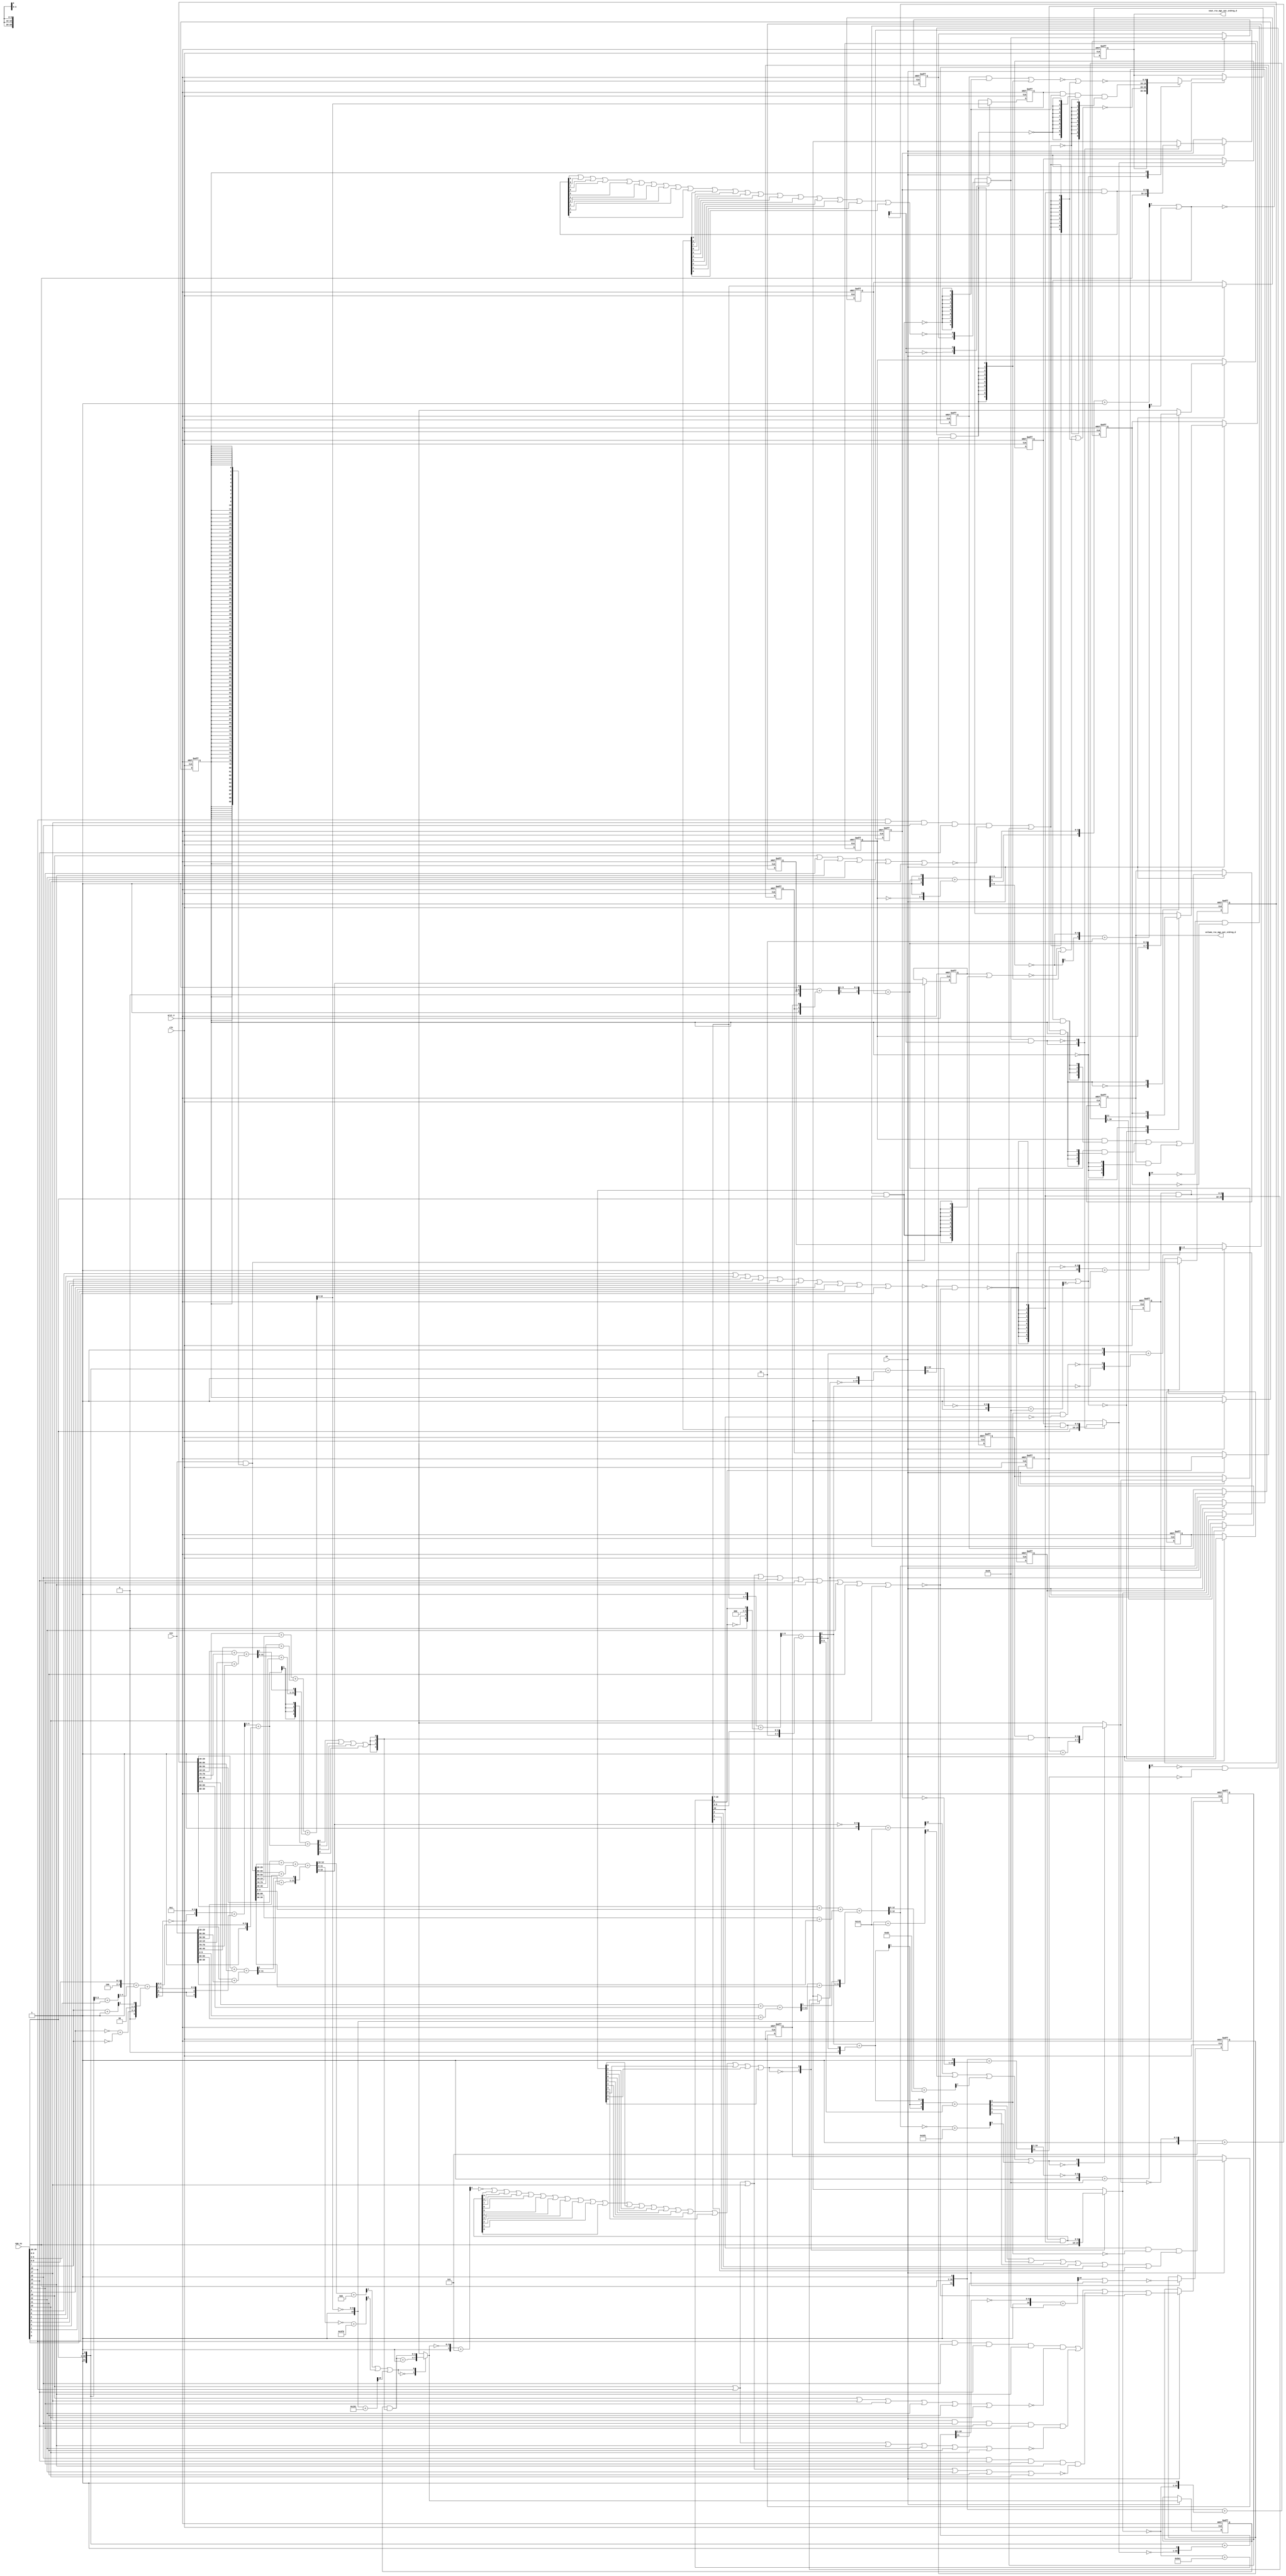
module gauss_blur_core (
  vin, vga_xy, clk, en, arst_n, vout_rsc_mgc_out_stdreg_d, volume_rsc_mgc_out_stdreg_d
);
  input [89:0] vin;
  input [19:0] vga_xy;
  input clk;
  input en;
  input arst_n;
  output [29:0] vout_rsc_mgc_out_stdreg_d;
  reg [29:0] vout_rsc_mgc_out_stdreg_d;
  output [3:0] volume_rsc_mgc_out_stdreg_d;
  reg [3:0] volume_rsc_mgc_out_stdreg_d;


  // Interconnect Declarations
  wire or_dcpl_8;
  wire not_tmp_8;
  reg [89:0] regs_regs_1_sva;
  reg [3:0] acc_14_0_sva;
  reg [3:0] acc_14_1_sva;
  reg [9:0] red_xy_0_sva;
  reg [9:0] red_xy_1_sva;
  reg [9:0] blue_xy_0_sva;
  reg [9:0] blue_xy_1_sva;
  reg [3:0] volume_previous_sva;
  reg if_9_land_lpi_1_dfm;
  reg [9:0] MAC1_acc_psp_sg1_sva_1;
  reg [9:0] MAC1_acc_39_psp_sg1_sva_1;
  reg [9:0] MAC1_acc_40_psp_sg1_sva_1;
  reg land_12_lpi_1_dfm_1;
  reg land_14_lpi_1_dfm_1;
  reg lor_3_lpi_1_dfm_1;
  reg [9:0] deltay_square_red_slc_deltay_square_red_acc_psp_itm_1;
  reg aif_41_slc_itm_1;
  reg [1:0] volume_current_slc_1_itm_1;
  reg volume_current_slc_acc_idiv_6_itm_1;
  reg and_1_itm_1;
  reg [3:0] volume_current_slc_acc_idiv_7_itm_1;
  reg main_stage_0_2;
  wire if_9_land_lpi_1_dfm_mx0;
  wire [3:0] acc_14_0_sva_dfm_1_mx0;
  wire [9:0] blue_xy_1_sva_dfm;
  wire [9:0] blue_xy_0_sva_dfm;
  wire [9:0] red_xy_1_sva_dfm;
  wire [9:0] red_xy_0_sva_dfm;
  reg reg_deltay_square_blue_acc_psp_sva_tmp;
  wire or_13_cse;
  wire and_22_cse;
  wire [11:0] deltay_square_blue_acc_1_itm;
  wire [12:0] nl_deltay_square_blue_acc_1_itm;
  wire [5:0] if_17_acc_1_itm;
  wire [6:0] nl_if_17_acc_1_itm;
  wire [12:0] MAC1_acc_itm;
  wire [13:0] nl_MAC1_acc_itm;
  wire [12:0] MAC1_acc_78_itm;
  wire [13:0] nl_MAC1_acc_78_itm;
  wire [12:0] MAC1_acc_79_itm;
  wire [13:0] nl_MAC1_acc_79_itm;
  wire [11:0] deltay_square_red_acc_1_itm;
  wire [12:0] nl_deltay_square_red_acc_1_itm;
  wire [10:0] aif_39_acc_itm;
  wire [11:0] nl_aif_39_acc_itm;
  wire [11:0] deltax_square_red_acc_1_itm;
  wire [12:0] nl_deltax_square_red_acc_1_itm;
  wire [11:0] deltax_square_blue_acc_1_itm;
  wire [12:0] nl_deltax_square_blue_acc_1_itm;
  wire [4:0] acc_3_itm;
  wire [5:0] nl_acc_3_itm;
  wire [89:0] regs_regs_0_sva_mx0;
  wire [3:0] volume_current_sva;
  wire [4:0] nl_volume_current_sva;
  wire land_11_lpi_1_dfm;
  wire land_13_lpi_1_dfm;
  wire lor_2_lpi_1_dfm;
  wire [3:0] acc_14_0_sva_dfm;
  wire [3:0] acc_14_1_sva_dfm_1_mx0;
  wire [3:0] acc_14_1_sva_dfm;
  wire [9:0] red_xy_1_sva_dfm_2_mx0;
  wire [9:0] red_xy_0_sva_dfm_2_mx0;
  wire equal_1_cse_sva;
  wire [9:0] blue_xy_0_sva_dfm_2_mx0;
  wire [3:0] if_3_acc_svs;
  wire [4:0] nl_if_3_acc_svs;
  wire [3:0] if_3_acc_1_psp_sva;
  wire [4:0] nl_if_3_acc_1_psp_sva;
  wire [5:0] acc_imod_2_sva;
  wire [6:0] nl_acc_imod_2_sva;
  wire [10:0] acc_idiv_sva;
  wire [11:0] nl_acc_idiv_sva;
  wire [3:0] volume_current_acc_2_psp_sva;
  wire [4:0] nl_volume_current_acc_2_psp_sva;
  wire [4:0] volume_current_acc_psp_sva;
  wire [5:0] nl_volume_current_acc_psp_sva;
  wire [11:0] MAC1_acc_45_itm;
  wire [12:0] nl_MAC1_acc_45_itm;
  wire [11:0] MAC1_acc_52_itm;
  wire [12:0] nl_MAC1_acc_52_itm;
  wire [11:0] MAC1_acc_59_itm;
  wire [12:0] nl_MAC1_acc_59_itm;
  wire nand_1_itm;
  wire or_itm;


  // Interconnect Declarations for Component Instantiations 
  assign and_22_cse = (~ or_13_cse) & main_stage_0_2;
  assign or_13_cse = (readslicef_5_1_4((conv_s2u_4_5(if_17_acc_1_itm[5:2]) + 5'b1)))
      | (readslicef_6_1_5((conv_s2s_5_6(~ (if_17_acc_1_itm[5:1])) + 6'b11)));
  assign regs_regs_0_sva_mx0 = vin & ({{89{main_stage_0_2}}, main_stage_0_2});
  assign nl_deltay_square_blue_acc_1_itm = ({1'b1 , (vga_xy[19:10]) , 1'b1}) + conv_u2s_11_12({(~
      blue_xy_1_sva) , 1'b1});
  assign deltay_square_blue_acc_1_itm = nl_deltay_square_blue_acc_1_itm[11:0];
  assign nl_volume_current_sva = conv_s2u_3_4(readslicef_4_3_1((conv_u2s_3_4({volume_current_slc_1_itm_1
      , 1'b1}) + conv_s2s_3_4({1'b1 , volume_current_slc_acc_idiv_6_itm_1 , and_1_itm_1}))))
      + volume_current_slc_acc_idiv_7_itm_1;
  assign volume_current_sva = nl_volume_current_sva[3:0];
  assign nl_if_17_acc_1_itm = ({1'b1 , volume_current_sva , 1'b1}) + conv_u2s_5_6({(~
      volume_previous_sva) , 1'b1});
  assign if_17_acc_1_itm = nl_if_17_acc_1_itm[5:0];
  assign nl_MAC1_acc_45_itm = conv_u2u_11_12(conv_u2u_10_11(regs_regs_1_sva[29:20])
      + conv_u2u_10_11(regs_regs_1_sva[89:80])) + conv_u2u_11_12(conv_u2u_10_11(vin[29:20])
      + conv_u2u_10_11(vin[89:80]));
  assign MAC1_acc_45_itm = nl_MAC1_acc_45_itm[11:0];
  assign nl_MAC1_acc_itm = conv_u2u_12_13(conv_u2u_11_12(conv_u2u_10_11(regs_regs_1_sva[59:50])
      + conv_u2u_10_11(regs_regs_0_sva_mx0[29:20])) + conv_u2u_11_12(conv_u2u_10_11(regs_regs_0_sva_mx0[89:80])
      + conv_u2u_10_11(vin[59:50]))) + conv_u2u_12_13({(conv_u2u_10_11(MAC1_acc_45_itm[11:2])
      + conv_u2u_10_11(regs_regs_0_sva_mx0[59:50])) , (MAC1_acc_45_itm[1])});
  assign MAC1_acc_itm = nl_MAC1_acc_itm[12:0];
  assign land_11_lpi_1_dfm = (~ (readslicef_11_1_10((({1'b1 , (~ deltay_square_red_slc_deltay_square_red_acc_psp_itm_1)})
      + 11'b101001)))) & (~ aif_41_slc_itm_1) & land_12_lpi_1_dfm_1;
  assign land_13_lpi_1_dfm = (~ (readslicef_11_1_10((({1'b1 , (~ (deltay_square_blue_acc_1_itm[10:1]))})
      + 11'b101001)))) & (~ (deltay_square_blue_acc_1_itm[11])) & land_14_lpi_1_dfm_1;
  assign lor_2_lpi_1_dfm = ((vga_xy[18]) & (vga_xy[17]) & (vga_xy[16]) & (vga_xy[15])
      & (~((vga_xy[19]) | (vga_xy[14]) | (vga_xy[13]) | (vga_xy[12]) | (vga_xy[11])
      | (vga_xy[10])))) | lor_3_lpi_1_dfm_1;
  assign nl_MAC1_acc_52_itm = conv_u2u_11_12(conv_u2u_10_11(regs_regs_1_sva[19:10])
      + conv_u2u_10_11(regs_regs_1_sva[79:70])) + conv_u2u_11_12(conv_u2u_10_11(vin[19:10])
      + conv_u2u_10_11(vin[79:70]));
  assign MAC1_acc_52_itm = nl_MAC1_acc_52_itm[11:0];
  assign nl_MAC1_acc_78_itm = conv_u2u_12_13(conv_u2u_11_12(conv_u2u_10_11(regs_regs_1_sva[49:40])
      + conv_u2u_10_11(regs_regs_0_sva_mx0[19:10])) + conv_u2u_11_12(conv_u2u_10_11(regs_regs_0_sva_mx0[79:70])
      + conv_u2u_10_11(vin[49:40]))) + conv_u2u_12_13({(conv_u2u_10_11(MAC1_acc_52_itm[11:2])
      + conv_u2u_10_11(regs_regs_0_sva_mx0[49:40])) , (MAC1_acc_52_itm[1])});
  assign MAC1_acc_78_itm = nl_MAC1_acc_78_itm[12:0];
  assign nl_MAC1_acc_59_itm = conv_u2u_11_12(conv_u2u_10_11(regs_regs_1_sva[9:0])
      + conv_u2u_10_11(regs_regs_1_sva[69:60])) + conv_u2u_11_12(conv_u2u_10_11(vin[9:0])
      + conv_u2u_10_11(vin[69:60]));
  assign MAC1_acc_59_itm = nl_MAC1_acc_59_itm[11:0];
  assign nl_MAC1_acc_79_itm = conv_u2u_12_13(conv_u2u_11_12(conv_u2u_10_11(regs_regs_1_sva[39:30])
      + conv_u2u_10_11(regs_regs_0_sva_mx0[9:0])) + conv_u2u_11_12(conv_u2u_10_11(regs_regs_0_sva_mx0[69:60])
      + conv_u2u_10_11(vin[39:30]))) + conv_u2u_12_13({(conv_u2u_10_11(MAC1_acc_59_itm[11:2])
      + conv_u2u_10_11(regs_regs_0_sva_mx0[39:30])) , (MAC1_acc_59_itm[1])});
  assign MAC1_acc_79_itm = nl_MAC1_acc_79_itm[12:0];
  assign acc_14_0_sva_dfm_1_mx0 = MUX_v_4_2_2({(acc_14_0_sva_dfm + 4'b1) , acc_14_0_sva_dfm},
      (readslicef_4_1_3((conv_u2u_3_4(MAC1_acc_itm[12:10]) + 4'b1011))) | (readslicef_10_1_9((conv_u2s_9_10(~
      (MAC1_acc_itm[11:3])) + 10'b1111111101))) | (readslicef_11_1_10((({1'b1 , (~
      (MAC1_acc_78_itm[12:3]))}) + 11'b110010001))));
  assign acc_14_0_sva_dfm = acc_14_0_sva & ({{3{or_itm}}, or_itm});
  assign acc_14_1_sva_dfm_1_mx0 = MUX_v_4_2_2({(acc_14_1_sva_dfm + 4'b1) , acc_14_1_sva_dfm},
      (readslicef_11_1_10((({1'b1 , (~ (MAC1_acc_itm[12:3]))}) + 11'b101000001)))
      | (readslicef_11_1_10((({1'b1 , (~ (MAC1_acc_78_itm[12:3]))}) + 11'b101000001)))
      | (readslicef_8_1_7((conv_u2u_7_8(MAC1_acc_79_itm[12:6]) + 8'b11010011))) |
      (readslicef_10_1_9(((~ (MAC1_acc_79_itm[12:3])) + 10'b1011010001))));
  assign acc_14_1_sva_dfm = acc_14_1_sva & ({{3{or_itm}}, or_itm});
  assign red_xy_1_sva_dfm_2_mx0 = MUX_v_10_2_2({(vga_xy[19:10]) , red_xy_1_sva_dfm},
      or_dcpl_8);
  assign red_xy_0_sva_dfm_2_mx0 = MUX_v_10_2_2({(vga_xy[9:0]) , red_xy_0_sva_dfm},
      or_dcpl_8);
  assign red_xy_1_sva_dfm = red_xy_1_sva & ({{9{nand_1_itm}}, nand_1_itm});
  assign red_xy_0_sva_dfm = red_xy_0_sva & ({{9{nand_1_itm}}, nand_1_itm});
  assign if_9_land_lpi_1_dfm_mx0 = MUX_s_1_2_2({if_9_land_lpi_1_dfm , (~((blue_xy_1_sva_dfm[9])
      | (blue_xy_1_sva_dfm[8]) | (blue_xy_1_sva_dfm[7]) | (blue_xy_1_sva_dfm[6])
      | (blue_xy_1_sva_dfm[5]) | (blue_xy_1_sva_dfm[4]) | (blue_xy_1_sva_dfm[3])
      | (blue_xy_1_sva_dfm[2]) | (blue_xy_1_sva_dfm[1]) | (blue_xy_1_sva_dfm[0])
      | (blue_xy_0_sva_dfm[9]) | (blue_xy_0_sva_dfm[8]) | (blue_xy_0_sva_dfm[7])
      | (blue_xy_0_sva_dfm[6]) | (blue_xy_0_sva_dfm[5]) | (blue_xy_0_sva_dfm[4])
      | (blue_xy_0_sva_dfm[3]) | (blue_xy_0_sva_dfm[2]) | (blue_xy_0_sva_dfm[1])
      | (blue_xy_0_sva_dfm[0])))}, acc_3_itm[4]);
  assign blue_xy_1_sva_dfm = blue_xy_1_sva & ({{9{nand_1_itm}}, nand_1_itm});
  assign blue_xy_0_sva_dfm = blue_xy_0_sva & ({{9{nand_1_itm}}, nand_1_itm});
  assign nl_deltay_square_red_acc_1_itm = ({1'b1 , (vga_xy[19:10]) , 1'b1}) + conv_u2s_11_12({(~
      red_xy_1_sva_dfm_2_mx0) , 1'b1});
  assign deltay_square_red_acc_1_itm = nl_deltay_square_red_acc_1_itm[11:0];
  assign nl_aif_39_acc_itm = ({1'b1 , (~ (deltax_square_red_acc_1_itm[10:1]))}) +
      11'b101001;
  assign aif_39_acc_itm = nl_aif_39_acc_itm[10:0];
  assign nl_deltax_square_red_acc_1_itm = ({1'b1 , (vga_xy[9:0]) , 1'b1}) + conv_u2s_11_12({(~
      red_xy_0_sva_dfm_2_mx0) , 1'b1});
  assign deltax_square_red_acc_1_itm = nl_deltax_square_red_acc_1_itm[11:0];
  assign equal_1_cse_sva = ~((vga_xy[19]) | (vga_xy[18]) | (vga_xy[17]) | (vga_xy[16])
      | (vga_xy[15]) | (vga_xy[14]) | (vga_xy[13]) | (vga_xy[12]) | (vga_xy[11])
      | (vga_xy[10]));
  assign nl_deltax_square_blue_acc_1_itm = ({1'b1 , (vga_xy[9:0]) , 1'b1}) + conv_u2s_11_12({(~
      blue_xy_0_sva_dfm_2_mx0) , 1'b1});
  assign deltax_square_blue_acc_1_itm = nl_deltax_square_blue_acc_1_itm[11:0];
  assign blue_xy_0_sva_dfm_2_mx0 = MUX_v_10_2_2({(vga_xy[9:0]) , blue_xy_0_sva_dfm},
      not_tmp_8);
  assign nl_acc_3_itm = ({1'b1 , (~ acc_14_1_sva_dfm_1_mx0)}) + 5'b101;
  assign acc_3_itm = nl_acc_3_itm[4:0];
  assign nl_if_3_acc_svs = conv_s2u_1_4(if_3_acc_1_psp_sva[3]) + if_3_acc_1_psp_sva;
  assign if_3_acc_svs = nl_if_3_acc_svs[3:0];
  assign nl_if_3_acc_1_psp_sva = (readslicef_5_4_1((({(~ (acc_imod_2_sva[3])) , 4'b1})
      + conv_s2u_3_5(acc_imod_2_sva[5:3])))) + ({1'b1 , (acc_imod_2_sva[2:0])});
  assign if_3_acc_1_psp_sva = nl_if_3_acc_1_psp_sva[3:0];
  assign nl_acc_imod_2_sva = conv_s2s_5_6(({3'b100 , (vga_xy[9:8])}) + conv_u2s_4_5(readslicef_5_4_1((conv_u2u_4_5({(vga_xy[2:0])
      , 1'b1}) + conv_u2u_4_5(vga_xy[6:3]))))) + conv_u2s_5_6({(conv_u2u_1_2(~ (vga_xy[3]))
      + conv_u2u_1_2(~ (vga_xy[7]))) , 2'b0 , (readslicef_2_1_1((conv_u2u_1_2(vga_xy[7])
      + 2'b1)))});
  assign acc_imod_2_sva = nl_acc_imod_2_sva[5:0];
  assign nl_acc_idiv_sva = conv_u2s_10_11(~ red_xy_1_sva_dfm_2_mx0) + 11'b10111100001;
  assign acc_idiv_sva = nl_acc_idiv_sva[10:0];
  assign nl_volume_current_acc_2_psp_sva = conv_s2u_2_4(conv_s2s_1_2(volume_current_acc_psp_sva[4])
      + conv_u2s_1_2(volume_current_acc_psp_sva[3])) + (volume_current_acc_psp_sva[3:0]);
  assign volume_current_acc_2_psp_sva = nl_volume_current_acc_2_psp_sva[3:0];
  assign nl_volume_current_acc_psp_sva = (readslicef_6_5_1((conv_s2s_5_6({(acc_idiv_sva[10:7])
      , 1'b1}) + conv_u2s_5_6({(~ (acc_idiv_sva[6])) , 3'b0 , (acc_idiv_sva[6])}))))
      + conv_s2u_4_5({1'b1 , (acc_idiv_sva[5:3])});
  assign volume_current_acc_psp_sva = nl_volume_current_acc_psp_sva[4:0];
  assign nand_1_itm = ~((~((vga_xy[9]) | (vga_xy[8]) | (vga_xy[7]) | (vga_xy[6])
      | (vga_xy[5]) | (vga_xy[4]) | (vga_xy[3]) | (vga_xy[2]) | (vga_xy[1]) | (vga_xy[0])))
      & equal_1_cse_sva);
  assign or_itm = (if_3_acc_svs[3]) | (if_3_acc_svs[2]) | (if_3_acc_svs[1]) | (if_3_acc_svs[0]);
  assign or_dcpl_8 = (~ (readslicef_5_1_4((({1'b1 , (~ acc_14_0_sva_dfm_1_mx0)})
      + 5'b101)))) | (red_xy_1_sva_dfm[9]) | (red_xy_1_sva_dfm[8]) | (red_xy_1_sva_dfm[7])
      | (red_xy_1_sva_dfm[6]) | (red_xy_1_sva_dfm[5]) | (red_xy_1_sva_dfm[4]) | (red_xy_1_sva_dfm[3])
      | (red_xy_1_sva_dfm[2]) | (red_xy_1_sva_dfm[1]) | (red_xy_1_sva_dfm[0]) | (red_xy_0_sva_dfm[9])
      | (red_xy_0_sva_dfm[8]) | (red_xy_0_sva_dfm[7]) | (red_xy_0_sva_dfm[6]) | (red_xy_0_sva_dfm[5])
      | (red_xy_0_sva_dfm[4]) | (red_xy_0_sva_dfm[3]) | (red_xy_0_sva_dfm[2]) | (red_xy_0_sva_dfm[1])
      | (red_xy_0_sva_dfm[0]);
  assign not_tmp_8 = ~(if_9_land_lpi_1_dfm_mx0 & (acc_3_itm[4]));
  always @(posedge clk or negedge arst_n) begin
    if ( ~ arst_n ) begin
      vout_rsc_mgc_out_stdreg_d <= 30'b0;
      volume_rsc_mgc_out_stdreg_d <= 4'b0;
      deltay_square_red_slc_deltay_square_red_acc_psp_itm_1 <= 10'b0;
      volume_previous_sva <= 4'b0;
      MAC1_acc_psp_sg1_sva_1 <= 10'b0;
      MAC1_acc_39_psp_sg1_sva_1 <= 10'b0;
      MAC1_acc_40_psp_sg1_sva_1 <= 10'b0;
      lor_3_lpi_1_dfm_1 <= 1'b0;
      volume_current_slc_1_itm_1 <= 2'b0;
      volume_current_slc_acc_idiv_6_itm_1 <= 1'b0;
      and_1_itm_1 <= 1'b0;
      volume_current_slc_acc_idiv_7_itm_1 <= 4'b0;
      land_14_lpi_1_dfm_1 <= 1'b0;
      aif_41_slc_itm_1 <= 1'b0;
      land_12_lpi_1_dfm_1 <= 1'b0;
      if_9_land_lpi_1_dfm <= 1'b0;
      blue_xy_1_sva <= 10'b0;
      blue_xy_0_sva <= 10'b0;
      red_xy_1_sva <= 10'b0;
      red_xy_0_sva <= 10'b0;
      acc_14_1_sva <= 4'b0;
      acc_14_0_sva <= 4'b0;
      regs_regs_1_sva <= 90'b0;
      main_stage_0_2 <= 1'b0;
      reg_deltay_square_blue_acc_psp_sva_tmp <= 1'b0;
    end
    else begin
      if ( en ) begin
        vout_rsc_mgc_out_stdreg_d <= MUX_v_30_2_2({vout_rsc_mgc_out_stdreg_d , ({(~((~(MAC1_acc_psp_sg1_sva_1
            | ({{9{land_11_lpi_1_dfm}}, land_11_lpi_1_dfm}))) | ({{9{land_13_lpi_1_dfm}},
            land_13_lpi_1_dfm}) | ({{9{lor_2_lpi_1_dfm}}, lor_2_lpi_1_dfm}))) , (MAC1_acc_39_psp_sg1_sva_1
            & (signext_10_1(~ land_11_lpi_1_dfm)) & (signext_10_1(~ land_13_lpi_1_dfm))
            & (signext_10_1(~ lor_2_lpi_1_dfm))) , (~((~((MAC1_acc_40_psp_sg1_sva_1
            & (signext_10_1(~ land_11_lpi_1_dfm))) | ({{9{land_13_lpi_1_dfm}}, land_13_lpi_1_dfm})))
            | ({{9{lor_2_lpi_1_dfm}}, lor_2_lpi_1_dfm})))})}, main_stage_0_2);
        volume_rsc_mgc_out_stdreg_d <= MUX1HOT_v_4_3_2({volume_rsc_mgc_out_stdreg_d
            , volume_current_sva , volume_previous_sva}, {(~ main_stage_0_2) , and_22_cse
            , (or_13_cse & main_stage_0_2)});
        deltay_square_red_slc_deltay_square_red_acc_psp_itm_1 <= deltay_square_red_acc_1_itm[10:1];
        volume_previous_sva <= MUX_v_4_2_2({volume_previous_sva , volume_current_sva},
            and_22_cse);
        MAC1_acc_psp_sg1_sva_1 <= MAC1_acc_itm[12:3];
        MAC1_acc_39_psp_sg1_sva_1 <= MAC1_acc_78_itm[12:3];
        MAC1_acc_40_psp_sg1_sva_1 <= MAC1_acc_79_itm[12:3];
        lor_3_lpi_1_dfm_1 <= ((vga_xy[18]) & (vga_xy[16]) & (vga_xy[15]) & (vga_xy[13])
            & (~((vga_xy[19]) | (vga_xy[17]) | (vga_xy[14]) | (vga_xy[12]) | (vga_xy[11])
            | (vga_xy[10])))) | ((vga_xy[17]) & (vga_xy[16]) & (vga_xy[15]) & (vga_xy[14])
            & (~((vga_xy[19]) | (vga_xy[18]) | (vga_xy[13]) | (vga_xy[12]) | (vga_xy[11])
            | (vga_xy[10])))) | ((vga_xy[16]) & (vga_xy[15]) & (vga_xy[14]) & (vga_xy[13])
            & (~((vga_xy[19]) | (vga_xy[18]) | (vga_xy[17]) | (vga_xy[12]) | (vga_xy[11])
            | (vga_xy[10])))) | equal_1_cse_sva;
        volume_current_slc_1_itm_1 <= readslicef_3_2_1((conv_u2u_2_3({(volume_current_acc_psp_sva[3])
            , 1'b1}) + conv_u2u_2_3({(~ (volume_current_acc_psp_sva[4])) , (~((volume_current_acc_2_psp_sva[3])
            & (~ (acc_idiv_sva[10]))))})));
        volume_current_slc_acc_idiv_6_itm_1 <= acc_idiv_sva[6];
        and_1_itm_1 <= (acc_idiv_sva[10]) & (~ (volume_current_acc_2_psp_sva[3]))
            & ((volume_current_acc_2_psp_sva[2]) | (volume_current_acc_2_psp_sva[1])
            | (volume_current_acc_2_psp_sva[0]) | (acc_idiv_sva[2]) | (acc_idiv_sva[1])
            | (acc_idiv_sva[0]));
        volume_current_slc_acc_idiv_7_itm_1 <= acc_idiv_sva[10:7];
        land_14_lpi_1_dfm_1 <= ~((readslicef_11_1_10((({1'b1 , (~ (deltax_square_blue_acc_1_itm[10:1]))})
            + 11'b101001))) | (deltax_square_blue_acc_1_itm[11]));
        aif_41_slc_itm_1 <= MUX_s_1_2_2({(deltay_square_red_acc_1_itm[11]) , aif_41_slc_itm_1},
            (deltax_square_red_acc_1_itm[11]) | (aif_39_acc_itm[10]));
        land_12_lpi_1_dfm_1 <= ~((aif_39_acc_itm[10]) | (deltax_square_red_acc_1_itm[11]));
        if_9_land_lpi_1_dfm <= if_9_land_lpi_1_dfm_mx0;
        blue_xy_1_sva <= MUX_v_10_2_2({(vga_xy[19:10]) , blue_xy_1_sva_dfm}, not_tmp_8);
        blue_xy_0_sva <= blue_xy_0_sva_dfm_2_mx0;
        red_xy_1_sva <= red_xy_1_sva_dfm_2_mx0;
        red_xy_0_sva <= red_xy_0_sva_dfm_2_mx0;
        acc_14_1_sva <= acc_14_1_sva_dfm_1_mx0;
        acc_14_0_sva <= acc_14_0_sva_dfm_1_mx0;
        regs_regs_1_sva <= regs_regs_0_sva_mx0;
        main_stage_0_2 <= 1'b1;
        reg_deltay_square_blue_acc_psp_sva_tmp <= MUX_s_1_2_2({reg_deltay_square_blue_acc_psp_sva_tmp
            , (MUX_s_1_2_2({reg_deltay_square_blue_acc_psp_sva_tmp , (deltay_square_blue_acc_1_itm[11])},
            land_14_lpi_1_dfm_1))}, main_stage_0_2);
      end
    end
  end

  function [0:0] readslicef_5_1_4;
    input [4:0] vector;
    reg [4:0] tmp;
  begin
    tmp = vector >> 4;
    readslicef_5_1_4 = tmp[0:0];
  end
  endfunction


  function [0:0] readslicef_6_1_5;
    input [5:0] vector;
    reg [5:0] tmp;
  begin
    tmp = vector >> 5;
    readslicef_6_1_5 = tmp[0:0];
  end
  endfunction


  function [2:0] readslicef_4_3_1;
    input [3:0] vector;
    reg [3:0] tmp;
  begin
    tmp = vector >> 1;
    readslicef_4_3_1 = tmp[2:0];
  end
  endfunction


  function [0:0] readslicef_11_1_10;
    input [10:0] vector;
    reg [10:0] tmp;
  begin
    tmp = vector >> 10;
    readslicef_11_1_10 = tmp[0:0];
  end
  endfunction


  function [3:0] MUX_v_4_2_2;
    input [7:0] inputs;
    input [0:0] sel;
    reg [3:0] result;
  begin
    case (sel)
      1'b0 : begin
        result = inputs[7:4];
      end
      1'b1 : begin
        result = inputs[3:0];
      end
      default : begin
        result = inputs[7:4];
      end
    endcase
    MUX_v_4_2_2 = result;
  end
  endfunction


  function [0:0] readslicef_4_1_3;
    input [3:0] vector;
    reg [3:0] tmp;
  begin
    tmp = vector >> 3;
    readslicef_4_1_3 = tmp[0:0];
  end
  endfunction


  function [0:0] readslicef_10_1_9;
    input [9:0] vector;
    reg [9:0] tmp;
  begin
    tmp = vector >> 9;
    readslicef_10_1_9 = tmp[0:0];
  end
  endfunction


  function [0:0] readslicef_8_1_7;
    input [7:0] vector;
    reg [7:0] tmp;
  begin
    tmp = vector >> 7;
    readslicef_8_1_7 = tmp[0:0];
  end
  endfunction


  function [9:0] MUX_v_10_2_2;
    input [19:0] inputs;
    input [0:0] sel;
    reg [9:0] result;
  begin
    case (sel)
      1'b0 : begin
        result = inputs[19:10];
      end
      1'b1 : begin
        result = inputs[9:0];
      end
      default : begin
        result = inputs[19:10];
      end
    endcase
    MUX_v_10_2_2 = result;
  end
  endfunction


  function [0:0] MUX_s_1_2_2;
    input [1:0] inputs;
    input [0:0] sel;
    reg [0:0] result;
  begin
    case (sel)
      1'b0 : begin
        result = inputs[1:1];
      end
      1'b1 : begin
        result = inputs[0:0];
      end
      default : begin
        result = inputs[1:1];
      end
    endcase
    MUX_s_1_2_2 = result;
  end
  endfunction


  function [3:0] readslicef_5_4_1;
    input [4:0] vector;
    reg [4:0] tmp;
  begin
    tmp = vector >> 1;
    readslicef_5_4_1 = tmp[3:0];
  end
  endfunction


  function [0:0] readslicef_2_1_1;
    input [1:0] vector;
    reg [1:0] tmp;
  begin
    tmp = vector >> 1;
    readslicef_2_1_1 = tmp[0:0];
  end
  endfunction


  function [4:0] readslicef_6_5_1;
    input [5:0] vector;
    reg [5:0] tmp;
  begin
    tmp = vector >> 1;
    readslicef_6_5_1 = tmp[4:0];
  end
  endfunction


  function [29:0] MUX_v_30_2_2;
    input [59:0] inputs;
    input [0:0] sel;
    reg [29:0] result;
  begin
    case (sel)
      1'b0 : begin
        result = inputs[59:30];
      end
      1'b1 : begin
        result = inputs[29:0];
      end
      default : begin
        result = inputs[59:30];
      end
    endcase
    MUX_v_30_2_2 = result;
  end
  endfunction


  function [9:0] signext_10_1;
    input [0:0] vector;
  begin
    signext_10_1= {{9{vector[0]}}, vector};
  end
  endfunction


  function [3:0] MUX1HOT_v_4_3_2;
    input [11:0] inputs;
    input [2:0] sel;
    reg [3:0] result;
    integer i;
  begin
    result = inputs[0+:4] & {4{sel[0]}};
    for( i = 1; i < 3; i = i + 1 )
      result = result | (inputs[i*4+:4] & {4{sel[i]}});
    MUX1HOT_v_4_3_2 = result;
  end
  endfunction


  function [1:0] readslicef_3_2_1;
    input [2:0] vector;
    reg [2:0] tmp;
  begin
    tmp = vector >> 1;
    readslicef_3_2_1 = tmp[1:0];
  end
  endfunction


  function  [4:0] conv_s2u_4_5 ;
    input signed [3:0]  vector ;
  begin
    conv_s2u_4_5 = {vector[3], vector};
  end
  endfunction


  function signed [5:0] conv_s2s_5_6 ;
    input signed [4:0]  vector ;
  begin
    conv_s2s_5_6 = {vector[4], vector};
  end
  endfunction


  function signed [11:0] conv_u2s_11_12 ;
    input [10:0]  vector ;
  begin
    conv_u2s_11_12 = {1'b0, vector};
  end
  endfunction


  function  [3:0] conv_s2u_3_4 ;
    input signed [2:0]  vector ;
  begin
    conv_s2u_3_4 = {vector[2], vector};
  end
  endfunction


  function signed [3:0] conv_u2s_3_4 ;
    input [2:0]  vector ;
  begin
    conv_u2s_3_4 = {1'b0, vector};
  end
  endfunction


  function signed [3:0] conv_s2s_3_4 ;
    input signed [2:0]  vector ;
  begin
    conv_s2s_3_4 = {vector[2], vector};
  end
  endfunction


  function signed [5:0] conv_u2s_5_6 ;
    input [4:0]  vector ;
  begin
    conv_u2s_5_6 = {1'b0, vector};
  end
  endfunction


  function  [11:0] conv_u2u_11_12 ;
    input [10:0]  vector ;
  begin
    conv_u2u_11_12 = {1'b0, vector};
  end
  endfunction


  function  [10:0] conv_u2u_10_11 ;
    input [9:0]  vector ;
  begin
    conv_u2u_10_11 = {1'b0, vector};
  end
  endfunction


  function  [12:0] conv_u2u_12_13 ;
    input [11:0]  vector ;
  begin
    conv_u2u_12_13 = {1'b0, vector};
  end
  endfunction


  function  [3:0] conv_u2u_3_4 ;
    input [2:0]  vector ;
  begin
    conv_u2u_3_4 = {1'b0, vector};
  end
  endfunction


  function signed [9:0] conv_u2s_9_10 ;
    input [8:0]  vector ;
  begin
    conv_u2s_9_10 = {1'b0, vector};
  end
  endfunction


  function  [7:0] conv_u2u_7_8 ;
    input [6:0]  vector ;
  begin
    conv_u2u_7_8 = {1'b0, vector};
  end
  endfunction


  function  [3:0] conv_s2u_1_4 ;
    input signed [0:0]  vector ;
  begin
    conv_s2u_1_4 = {{3{vector[0]}}, vector};
  end
  endfunction


  function  [4:0] conv_s2u_3_5 ;
    input signed [2:0]  vector ;
  begin
    conv_s2u_3_5 = {{2{vector[2]}}, vector};
  end
  endfunction


  function signed [4:0] conv_u2s_4_5 ;
    input [3:0]  vector ;
  begin
    conv_u2s_4_5 = {1'b0, vector};
  end
  endfunction


  function  [4:0] conv_u2u_4_5 ;
    input [3:0]  vector ;
  begin
    conv_u2u_4_5 = {1'b0, vector};
  end
  endfunction


  function  [1:0] conv_u2u_1_2 ;
    input [0:0]  vector ;
  begin
    conv_u2u_1_2 = {1'b0, vector};
  end
  endfunction


  function signed [10:0] conv_u2s_10_11 ;
    input [9:0]  vector ;
  begin
    conv_u2s_10_11 = {1'b0, vector};
  end
  endfunction


  function  [3:0] conv_s2u_2_4 ;
    input signed [1:0]  vector ;
  begin
    conv_s2u_2_4 = {{2{vector[1]}}, vector};
  end
  endfunction


  function signed [1:0] conv_s2s_1_2 ;
    input signed [0:0]  vector ;
  begin
    conv_s2s_1_2 = {vector[0], vector};
  end
  endfunction


  function signed [1:0] conv_u2s_1_2 ;
    input [0:0]  vector ;
  begin
    conv_u2s_1_2 = {1'b0, vector};
  end
  endfunction


  function  [2:0] conv_u2u_2_3 ;
    input [1:0]  vector ;
  begin
    conv_u2u_2_3 = {1'b0, vector};
  end
  endfunction

endmodule
module gauss_blur (
  vin, vout_rsc_z, vga_xy, volume_rsc_z, clk, en, arst_n
);
  input [89:0] vin;
  output [29:0] vout_rsc_z;
  input [19:0] vga_xy;
  output [3:0] volume_rsc_z;
  input clk;
  input en;
  input arst_n;


  // Interconnect Declarations
  wire [29:0] vout_rsc_mgc_out_stdreg_d;
  wire [3:0] volume_rsc_mgc_out_stdreg_d;


  // Interconnect Declarations for Component Instantiations 
  mgc_out_stdreg #(.rscid(2),
  .width(30)) vout_rsc_mgc_out_stdreg (
      .d(vout_rsc_mgc_out_stdreg_d),
      .z(vout_rsc_z)
    );
  mgc_out_stdreg #(.rscid(4),
  .width(4)) volume_rsc_mgc_out_stdreg (
      .d(volume_rsc_mgc_out_stdreg_d),
      .z(volume_rsc_z)
    );
  gauss_blur_core gauss_blur_core_inst (
      .vin(vin),
      .vga_xy(vga_xy),
      .clk(clk),
      .en(en),
      .arst_n(arst_n),
      .vout_rsc_mgc_out_stdreg_d(vout_rsc_mgc_out_stdreg_d),
      .volume_rsc_mgc_out_stdreg_d(volume_rsc_mgc_out_stdreg_d)
    );
endmodule